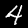
Label: 4